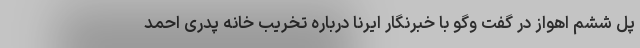
پل ششم اهواز در گفت وگو با خبرنگار ایرنا درباره تخریب خانه پدری احمد